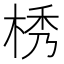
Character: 𣒴